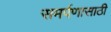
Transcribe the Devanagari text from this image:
समर्पणासाठी